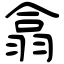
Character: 翕